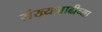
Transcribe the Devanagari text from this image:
संख्यावाढीच्या